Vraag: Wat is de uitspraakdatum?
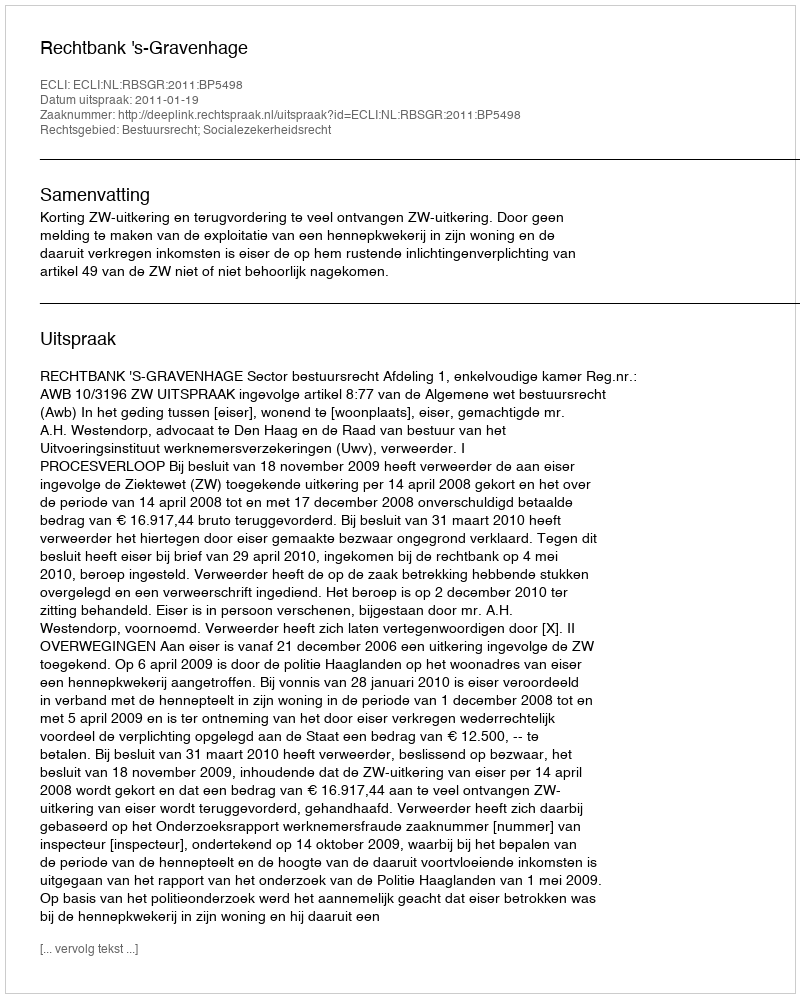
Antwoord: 2011-01-19